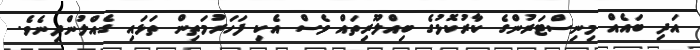
އަދި ބައެއް މިނިސްޓަރުންގެ ކާރުކޮޅުގެ ބިއްލޫރިތައް ވެސް އެކި ފަހަރުމަތިން ތަޅައި ގެއްލުންދިނެވެ.